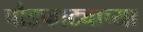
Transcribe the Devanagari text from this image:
पौडफाट्याच्या